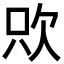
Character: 㰨